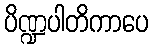
ပိဏ္ဍပါတိကာပေ